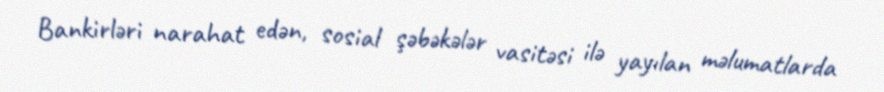
Bankirləri narahat edən, sosial şəbəkələr vasitəsi ilə yayılan məlumatlarda